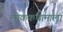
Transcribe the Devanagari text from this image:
लोककथामाला